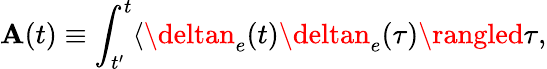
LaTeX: {\cal\mathbf{A}}(t)\equiv\int_{t^{\prime}}^{t}\langle\deltan_{e}(t)\deltan_{e}(\tau)\rangled\tau,